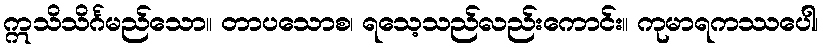
ဣသိသိင်္ဂမည်သော။ တာပသောစ၊ ရသေ့သည်လည်းကောင်း။ ကုမာရကဿပေါ၊